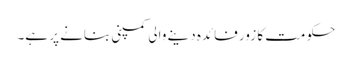
حکومت کا زور فائدہ دینے والی کمپنی بنانے پر ہے۔